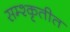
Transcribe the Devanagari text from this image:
सम्श्कृतीत